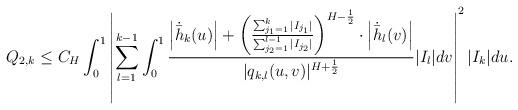
LaTeX: \begin{align*}Q_{2,k}\leq C_{H}\int_{0}^{1}\left|\sum_{l=1}^{k-1}\int_{0}^{1}\frac{\left|\dot{\bar{h}}_{k}(u)\right|+\left(\frac{\sum_{j_1=1}^k|I_{j_1}|}{\sum_{j_2=1}^{l-1}|I_{j_2}|}\right)^{H-\frac{1}{2}}\cdot\left|\dot{\bar{h}}_{l}(v)\right|}{|q_{k,l}(u,v)|^{H+\frac{1}{2}}}|I_{l}|dv\right|^{2}|I_{k}|du.\end{align*}